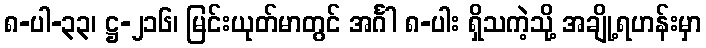
၈-ပါ-၃၃၊ ဋ္ဌ-၂၁၆၊ မြင်းယုတ်မာတွင် အင်္ဂါ ၈-ပါး ရှိသကဲ့သို့ အချို့ရဟန်းမှာ